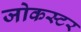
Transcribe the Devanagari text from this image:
जोकस्टर